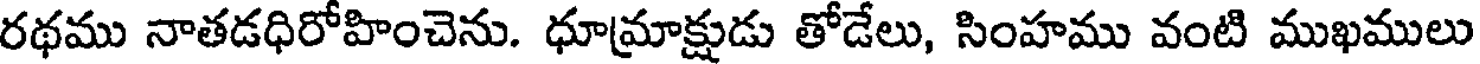
రథము నాతడధిరోహించెను. ధూమ్రాక్షుడు తోడేలు, సింహము వంటి ముఖములు